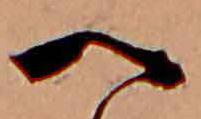
へ